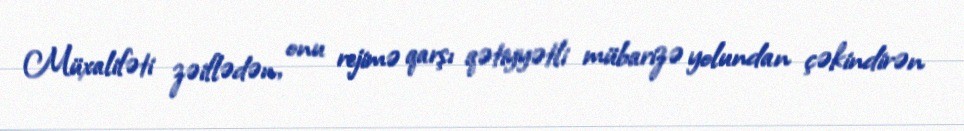
Müxalifəti zəiflədən, onu rejimə qarşı qətiyyətli mübarizə yolundan çəkindirən